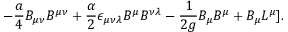
- { \frac { a } { 4 } } B _ { \mu \nu } B ^ { \mu \nu } + { \frac { \alpha } { 2 } } \epsilon _ { \mu \nu \lambda } B ^ { \mu } B ^ { \nu \lambda } - { \frac { 1 } { 2 g } } B _ { \mu } B ^ { \mu } + B _ { \mu } L ^ { \mu } ] .